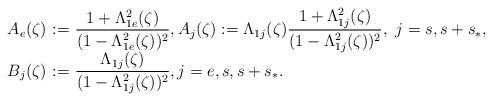
LaTeX: \begin{align*}\begin{array}{rcl} A_e(\zeta) &\!\!\! :=\!\!\! &\dfrac{1+\Lambda_{1e}^{2}(\zeta)}{(1-\Lambda_{1e}^2(\zeta))^{2}}, A_j(\zeta) := \Lambda_{1j}(\zeta)\dfrac{1+\Lambda_{1j}^2(\zeta)}{(1-\Lambda_{1j}^2(\zeta))^2}, \ j=s,s+s_*, \\B_j(\zeta) & \!\!\! :=\!\!\! & \dfrac{\Lambda_{1j}(\zeta)}{(1-\Lambda_{1j}^{2}(\zeta))^2}, j=e,s,s+s_*. \end{array}\end{align*}